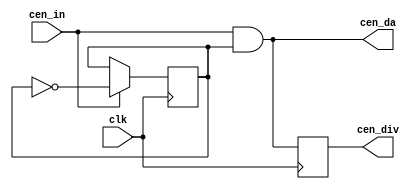
/*  This file is part of JTFRAME.
    JTFRAME program is free software: you can redistribute it and/or modify
    it under the terms of the GNU General Public License as published by
    the Free Software Foundation, either version 3 of the License, or
    (at your option) any later version.

    JTFRAME program is distributed in the hope that it will be useful,
    but WITHOUT ANY WARRANTY; without even the implied warranty of
    MERCHANTABILITY or FITNESS FOR A PARTICULAR PURPOSE.  See the
    GNU General Public License for more details.

    You should have received a copy of the GNU General Public License
    along with JTFRAME.  If not, see <http://www.gnu.org/licenses/>.

    Author: Jose Tejada Gomez. Twitter: @topapate
    Version: 1.0
    Date: 15-4-2021 */

// Divides a clock enable signal frequency by two

module jtframe_cendiv(
    input      clk,
    input      cen_in,
    output reg cen_div, // Divided but not alligned with the original
    output     cen_da   // Divided and alligned
);

reg d = 0;

assign cen_da = cen_in & d;

always @(posedge clk) begin
    if( cen_in ) d<=~d;
    cen_div <= cen_da;
end


endmodule